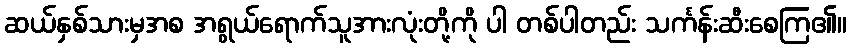
ဆယ်နှစ်သားမှအစ အရွယ်ရောက်သူအားလုံးတို့ကို ပါ တစ်ပါတည်း သင်္ကန်းဆီးစေကြ၏။